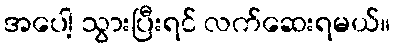
အပေါ့ သွားပြီးရင် လက်ဆေးရမယ်။